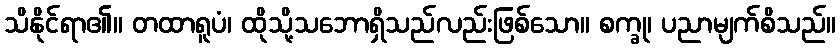
သိနိုင်ရာ၏။ တထာရူပံ၊ ထိုသို့သဘောရှိသည်လည်းဖြစ်သော။ စက္ခု၊ ပညာမျက်စိသည်။